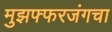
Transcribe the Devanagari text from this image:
मुझफ्फरजंगचा